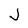
Character: J